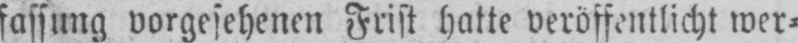
fassung vorgesehenen Frist hatte veröffentlicht wer⸗